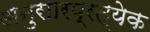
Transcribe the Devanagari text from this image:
अनुसारप्रत्येक